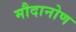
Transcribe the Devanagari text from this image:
मौदानोण